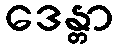
ဒေန္တာ